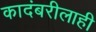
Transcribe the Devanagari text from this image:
कादंबरीलाही